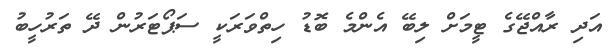
އަދި ރާއްޖޭގެ ޓީމަށް ލިބޭ އެންމެ ބޮޑު ހިތްވަރަކީ ސަޕޯޓަރުން ދޭ ތަރުހީބު